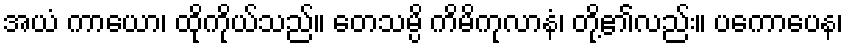
အယံ ကာယော၊ ထိုကိုယ်သည်။ တေသမ္ပိ ကိမိကုလာနံ၊ တို့၏လည်း။ ပကောပေန၊